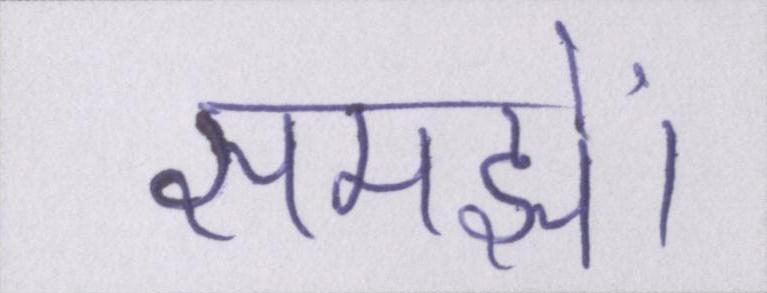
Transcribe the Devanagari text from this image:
समझें।